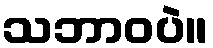
သဘာဝပဲ။